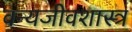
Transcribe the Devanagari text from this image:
वन्यजीवशास्त्र